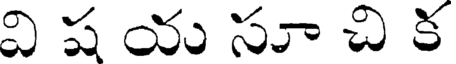
వి ష య సూ చి క